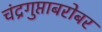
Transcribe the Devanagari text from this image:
चंद्रगुप्ताबरोबर